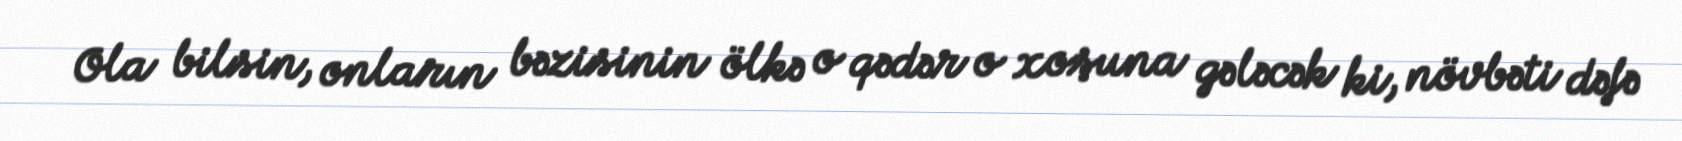
Ola bilsin, onların bəzisinin ölkə o qədər o xoşuna gələcək ki, növbəti dəfə